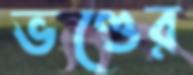
ভণ্ডের